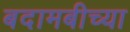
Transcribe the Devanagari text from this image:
बदामबीच्या